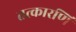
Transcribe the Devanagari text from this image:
तत्कारणि